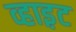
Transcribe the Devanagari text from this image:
व्हाइ़ट